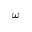
\omega